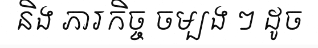
និង ភារកិច្ច ចម្បង ៗ ដូច